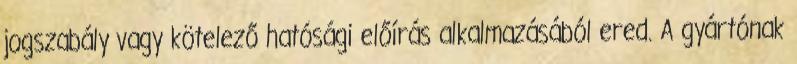
jogszabály vagy kötelező hatósági előírás alkalmazásából ered. A gyártónak